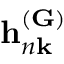
\mathbf { h } _ { n \mathbf { k } } ^ { ( \mathbf { G } ) }